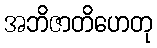
အဘိဇာတိဟေတု